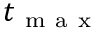
t _ { \mathrm { ~ m ~ a ~ x ~ } }